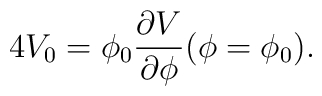
4V_0 =\phi_0 {\partial V \over \partial \phi} (\phi= \phi_0) .